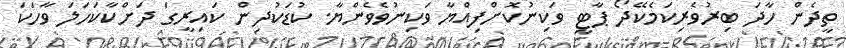
ތީދެން ހާދަ ބިރުވެރިކަމެކޭދޯ ޕާޓީ ވަކިނުކޮށްފިއްޔާ ވަކިނުވެވެންޔާ. ކުޑަކުދިން ކައިރީގަ ދަށްކާކަހަލަ ވާހަކަ